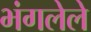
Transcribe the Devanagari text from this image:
भंगलेले